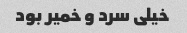
خیلی سرد و خمیر بود